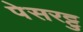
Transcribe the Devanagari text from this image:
पेसरट्टु